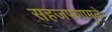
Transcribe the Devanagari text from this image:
सहजपणामुळे